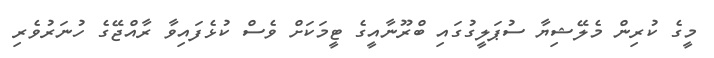
މީގެ ކުރިން މެލޭޝިޔާ ސުޕަލީގުގައި ބްރޫނާއީގެ ޓީމަކަށް ވެސް ކުޅެފައިވާ ރާއްޖޭގެ ހުނަރުވެރި